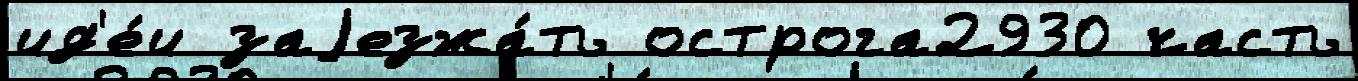
ид'е́и заjезжа́ть острога2930 часть